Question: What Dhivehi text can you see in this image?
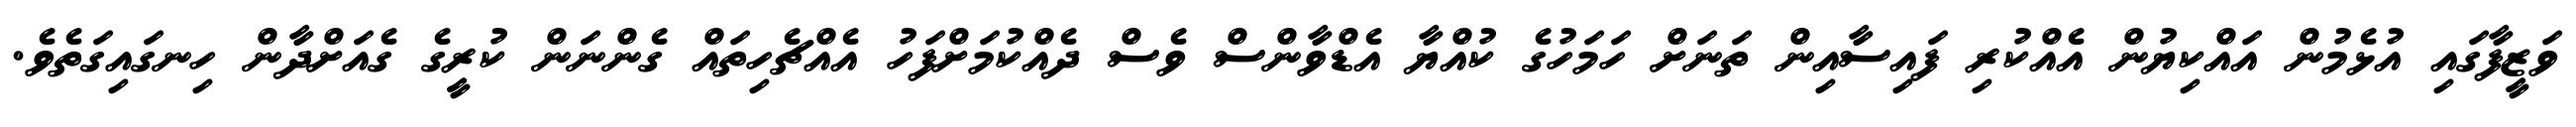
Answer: ވަޒީފާގައި އުޅެމުން އައްކިޔުން އެއްކުރި ފައިސާއިން ތަނަށް ހަމަހުގެ ކުއްޔާ އެޑްވާންސް ވެސް ދެއްކުމަށްފަހު އެއްޗެހިތައް ގެންނަން ކުރީގެ ގެއަށްދާން ހިނގައިގަތެވެ.